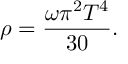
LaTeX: \rho = \frac { \omega \pi ^ { 2 } T ^ { 4 } } { 3 0 } .